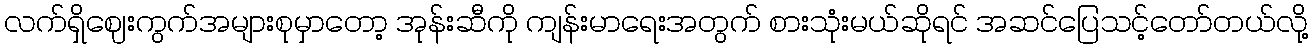
လက်ရှိဈေးကွက်အများစုမှာတော့ အုန်းဆီကို ကျန်းမာရေးအတွက် စားသုံးမယ်ဆိုရင် အဆင်ပြေသင့်တော်တယ်လို့